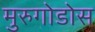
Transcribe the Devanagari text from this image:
मुरुगोडोस